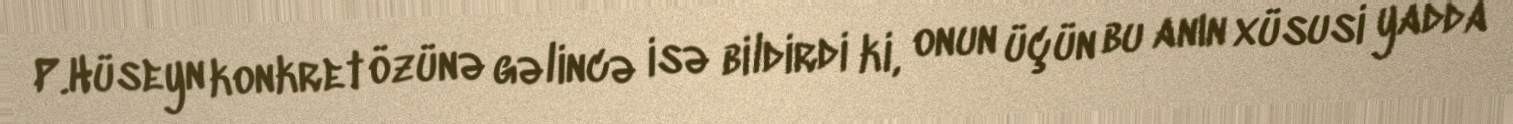
P.Hüseyn konkret özünə gəlincə isə bildirdi ki, onun üçün bu anın xüsusi yadda